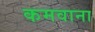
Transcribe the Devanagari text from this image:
कमवाना